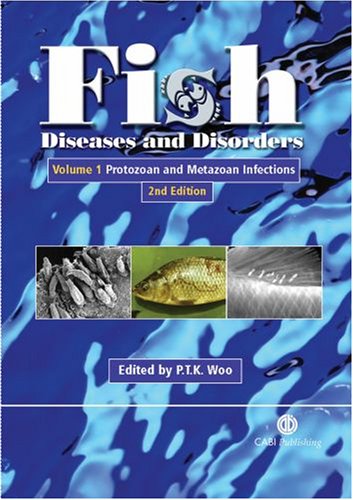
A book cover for Fish Diseases and Disorders; Patrick T K Woo; Medical Books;